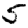
Digit: 5